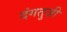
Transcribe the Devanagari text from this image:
दंगतुज़ी